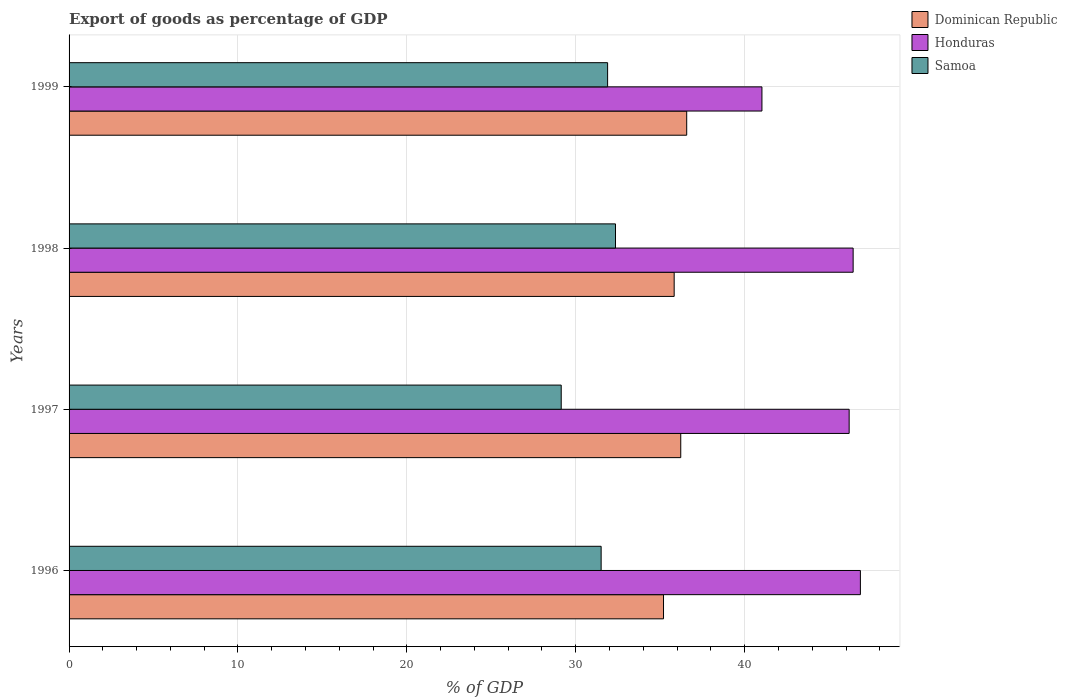
| Years | Dominican Republic | Honduras | Samoa |
 | --- | --- | --- | --- |
 | 1996 | 35.2 | 46.9 | 31.5 |
 | 1997 | 36.2 | 46.2 | 29.1 |
 | 1998 | 35.8 | 46.4 | 32.4 |
 | 1999 | 36.6 | 41 | 31.9 |